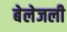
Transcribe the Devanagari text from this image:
बेलेजली